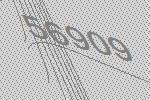
56909